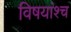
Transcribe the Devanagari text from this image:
विषयांश्च